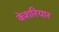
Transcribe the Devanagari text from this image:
केशरियार